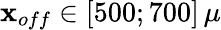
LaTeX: \mathbf{x}_{off}\in[500;700]\, \mu